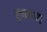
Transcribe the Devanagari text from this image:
कुळण